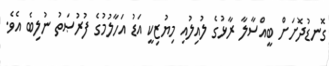
ގޮނޑުދޮށަށް ބީއްސާލާ ރާޅުގެ ލުއިލުއި މިޔުޒިކީ އަޑު އަހާލުމުގެ ފުރުޞަތު ނުލިބެ އެވެ.